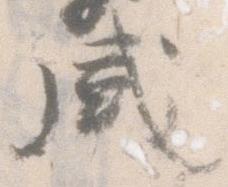
盛